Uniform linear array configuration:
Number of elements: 16
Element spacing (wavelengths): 0.75
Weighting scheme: binomial
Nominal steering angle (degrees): -45
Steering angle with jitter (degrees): -45.216
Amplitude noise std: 0.05
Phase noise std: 0.05

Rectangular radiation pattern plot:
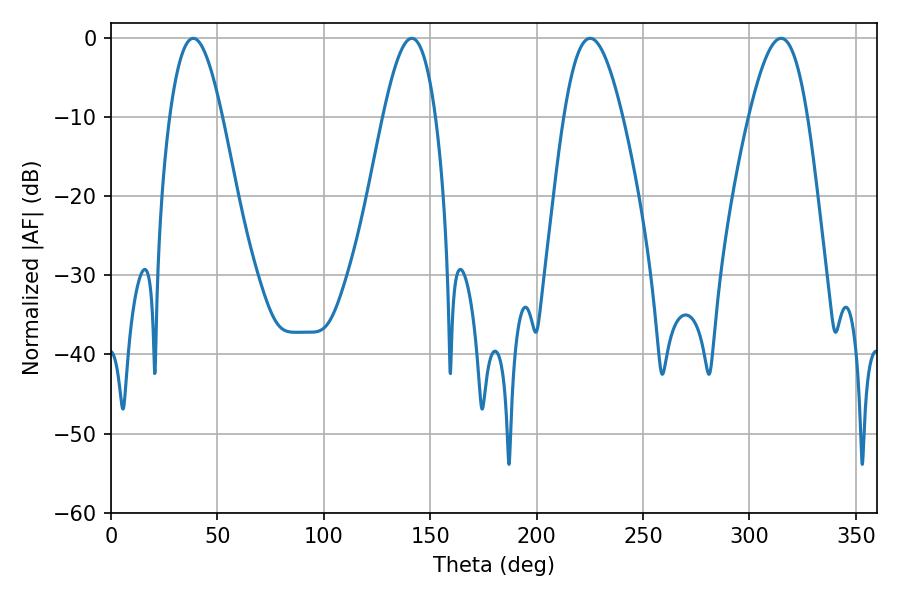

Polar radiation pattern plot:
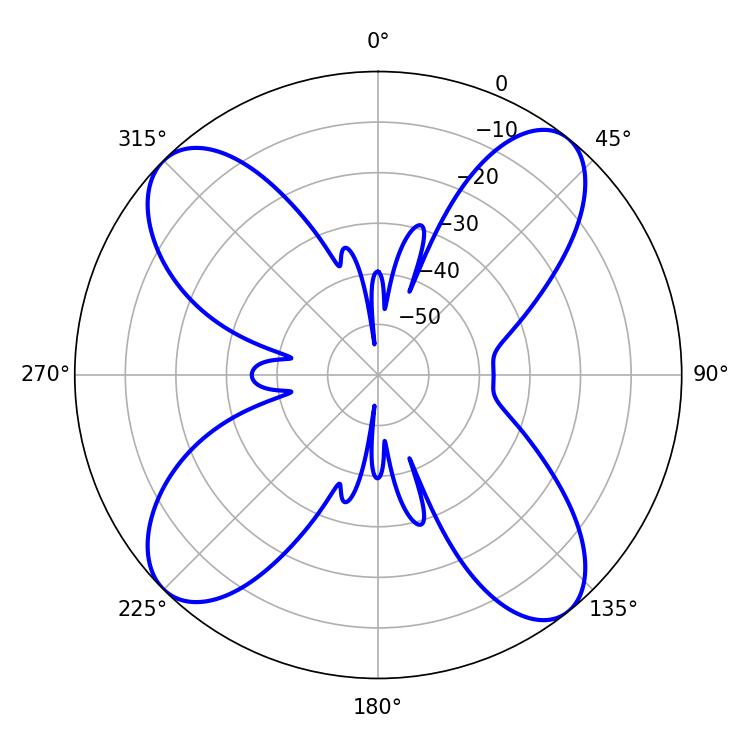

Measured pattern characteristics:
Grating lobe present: TRUE
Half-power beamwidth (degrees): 14.94
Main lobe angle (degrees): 225.18